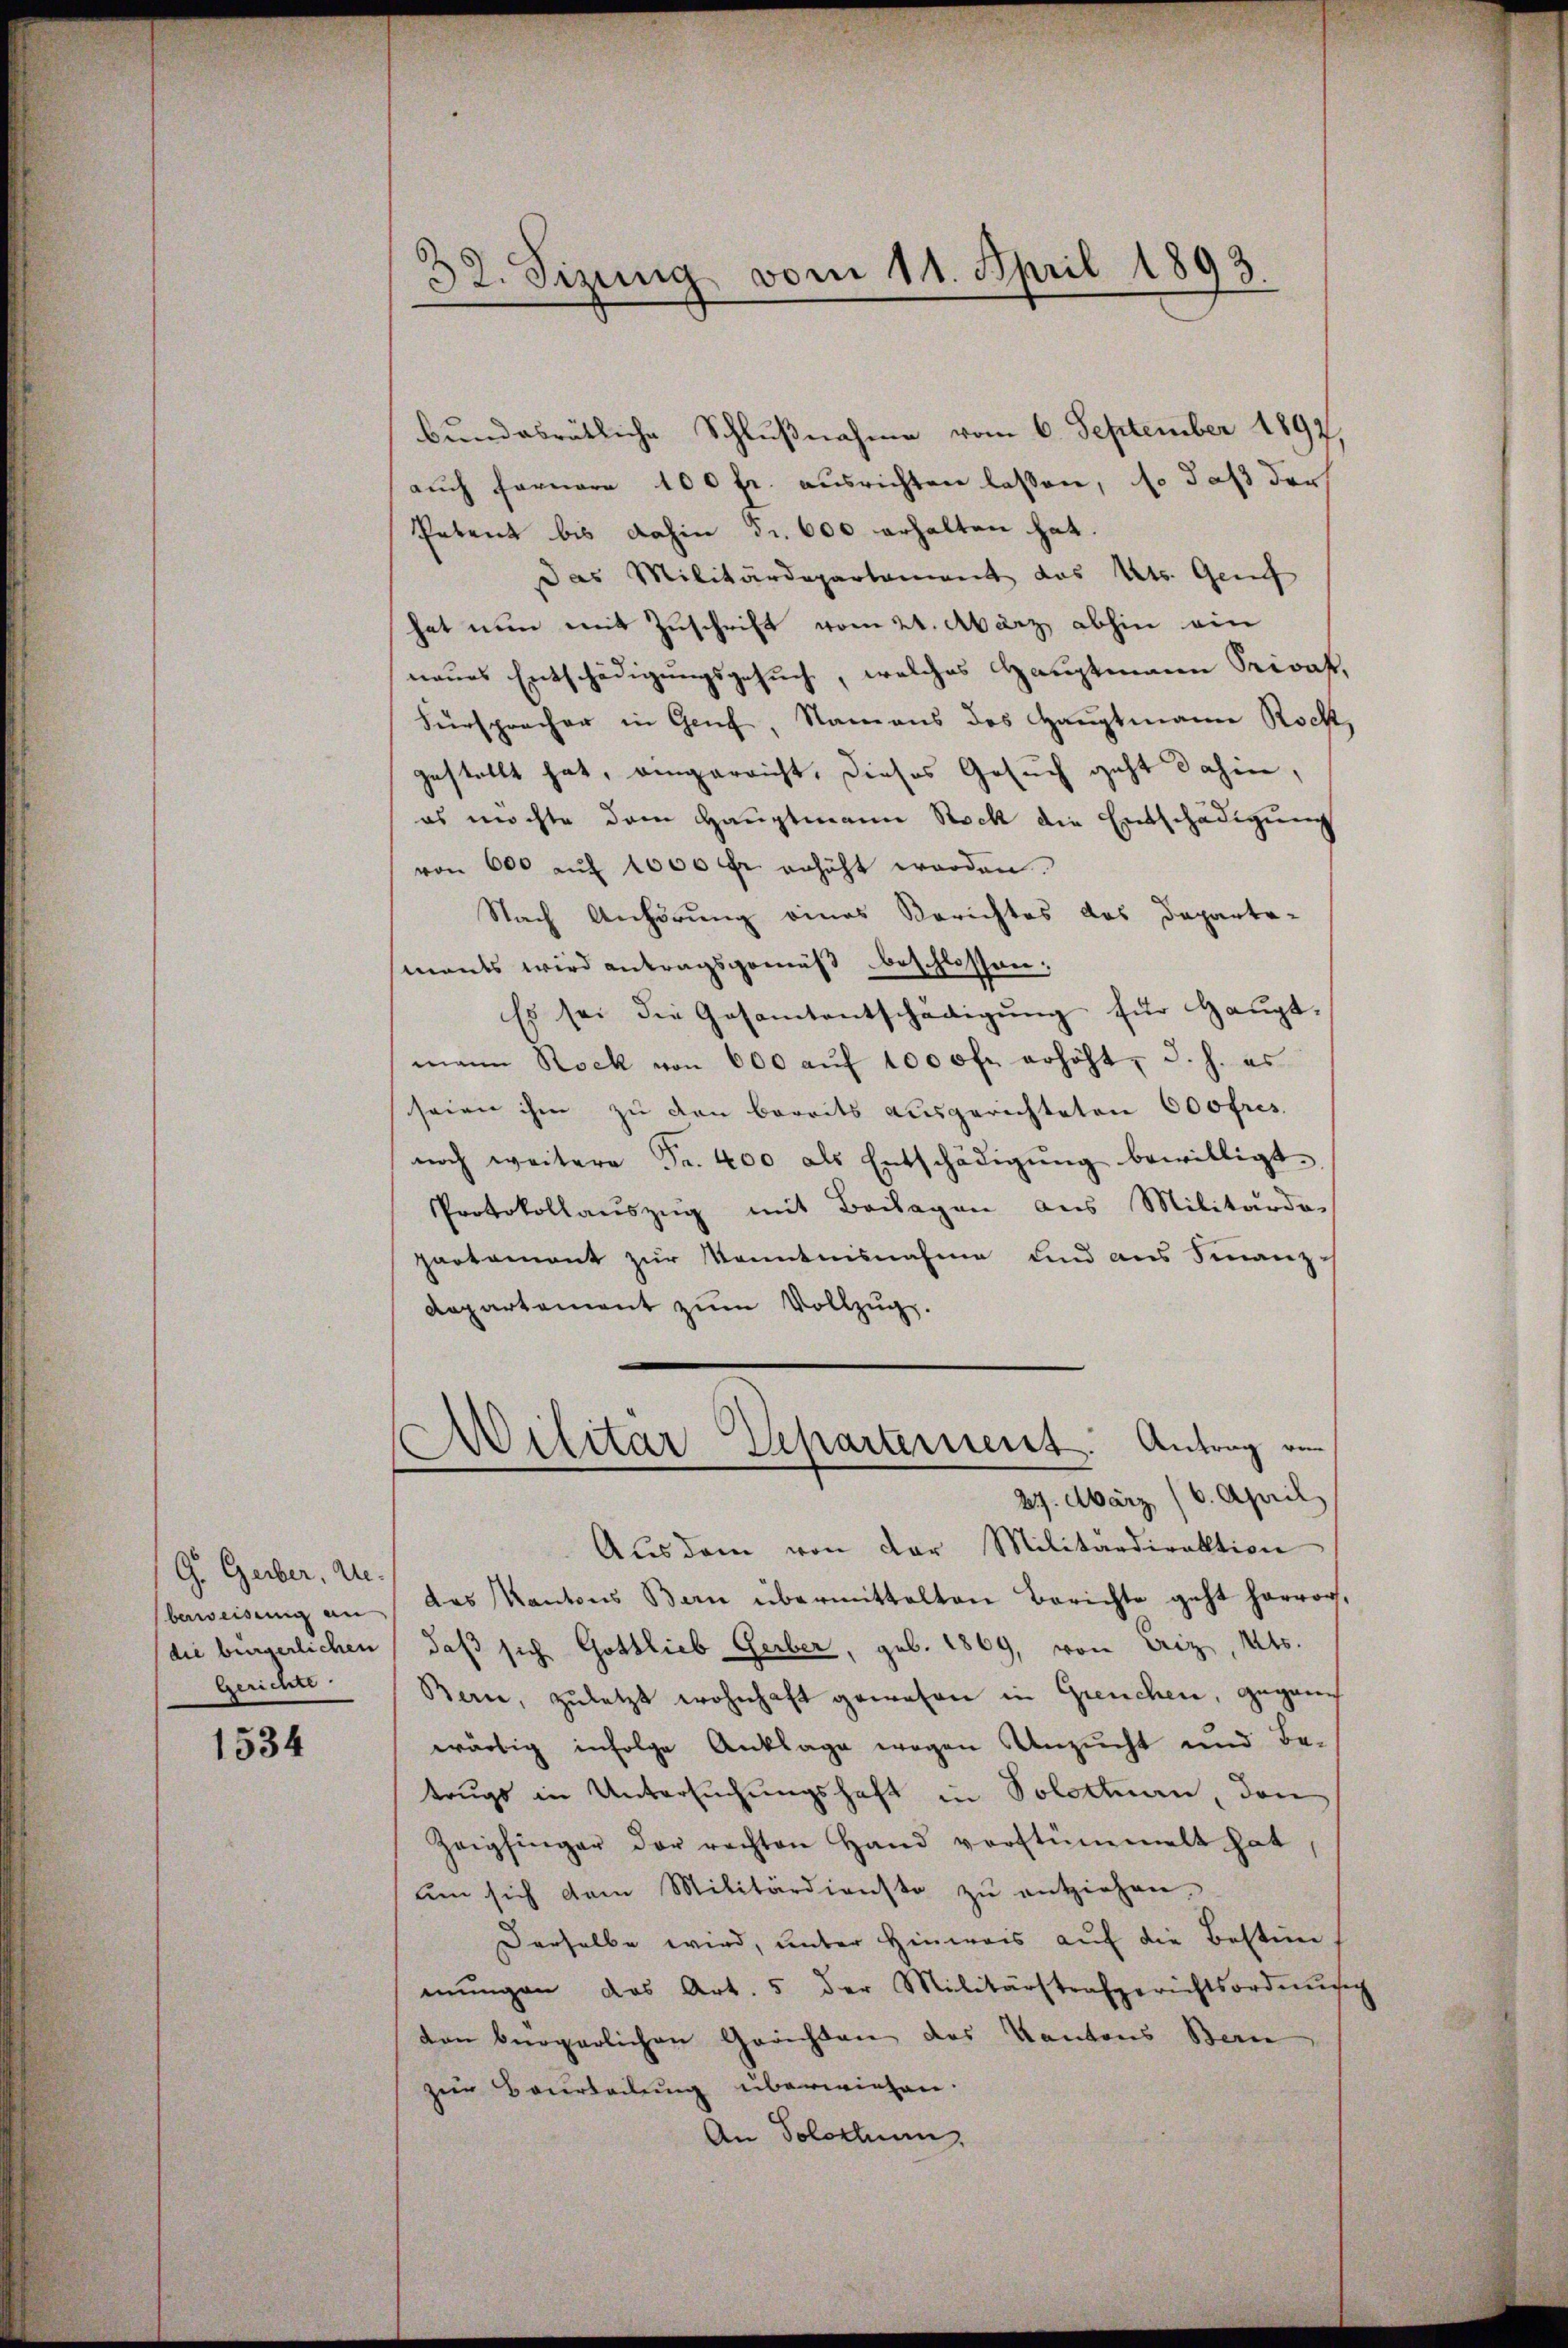
G. Geber, Ue-
beweisung an
(die bürgerlichen
Gerichte

1534

32. Sizung vom 11. April 1893.

bundesrätliche Schlußnahme vom 6. September 1897,
auch fernere 100 fr. ausrichten lassen, so daß der
Petent bis dahin Fr. 600 erhalten hat.
Das Militärdepartement das Kts. Genf
hat nun mit Zuschrift vom 24. März abhin ein
neues Entschädigungsgesuch, welches Hauptmann Privat,
Fürsprecher in Genf, Namens des Hauptmann Rock,
gestellt hat, eingerricht, dieses Gesuch geht dahin,
es möchte dem Hauptmann Stock die Entschädigung
von 600 aŭf 1000 Fr. erhöht worden.
Nach Anhörung eines Berichtes des Departe-
mants wird antragsgemäß beschlossen;
Es sei die Gesamtentschädigung für Hauptmann Rock von 600 aŭf 1000fr. erhöht, d. h. es
seien ihm zu den bereits ausgerichteten 600fres
noch weitere Fr. 400 als Entschädigŭng bewilligt.
Protokollauszug mit Beilagen aus Militardo-
partament zur Kenntnisnahme und aus Finanz-
Repartement zum Vollzug.
Militar Departement. Antrag von
29. März 16. April
Aŭs dem von der Militärdirektion
das Kantons Berne übermittalten Berichte geht hervor,
daß sich Gottlieb Gerber, geb. 1869, von Eriz, Kts.
Berne, zuletzt wohnhaft gewesen in Greuchen, gegann
wärtig infolge Anklage wegen Ansucht und Be-
trugs in Untersuchungshaft in Solottan, den
Zeigfinger der rechten Hand verstümmelt hat,
ŭm sich dem Militärdienste zŭ entziehen.
Derselbe wird, unter Hinweis auf die Bestimmŭngen das Art. 5 der Militärstrafgerichtsordnŭng
ten bergerlichen Gerichten des Kantons Berne
zur Beurteilung überwiesen.
An Solothurn,